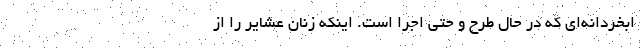
ابخردانه‌ای که در حال طرح و حتی اجرا است. اینکه زنان عشایر را از